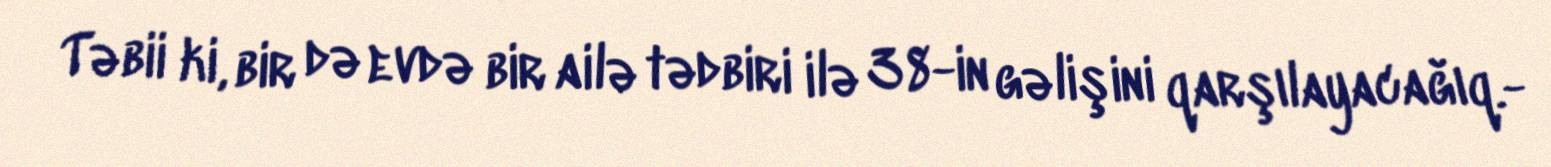
Təbii ki, bir də evdə bir ailə tədbiri ilə 38-in gəlişini qarşılayacağıq.-